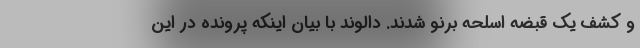
و کشف یک قبضه اسلحه برنو شدند. دالوند با بیان اینکه پرونده در این